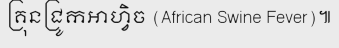
គ្រុនជ្រូកអាហ្វិច (African Swine Fever)៕